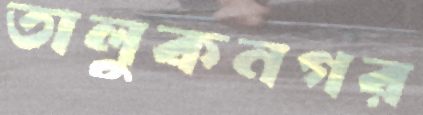
তালুকনগর